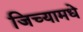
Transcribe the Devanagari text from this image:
जिच्यामधे